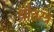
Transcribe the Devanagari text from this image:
श्रौतस्त्र